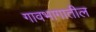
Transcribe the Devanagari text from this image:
गावभागातील